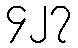
၄၂၇